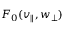
F _ { 0 } ( v _ { \parallel } , w _ { \perp } )